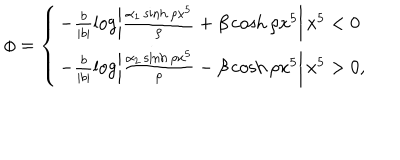
\phi = \left\{ \begin{array} { l } { { - \frac { b } { | b | } \log \left| \frac { \alpha _ { 1 } \sinh \rho x ^ { 5 } } { \rho } + \beta \cosh \rho x ^ { 5 } \right| \, x ^ { 5 } < 0 } } \\ { { - \frac { b } { | b | } \log \left| \frac { \alpha _ { 2 } \sinh \rho x ^ { 5 } } { \rho } - \beta \cosh \rho x ^ { 5 } \right| \, x ^ { 5 } > 0 , } } \\ \end{array} \right.